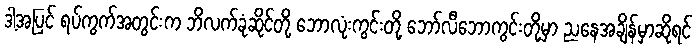
ဒါ့အပြင် ရပ်ကွက်အတွင်းက ဘိလက်ခုံဆိုင်တို့ ဘောလုံးကွင်းတို့ ဘော်လီဘောကွင်းတို့မှာ ညနေအချိန်မှာဆိုရင်